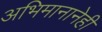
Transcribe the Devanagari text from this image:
अभिमानानेही